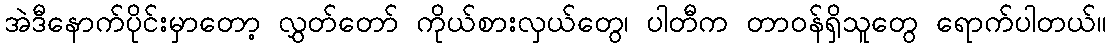
အဲဒီနောက်ပိုင်းမှာတော့ လွှတ်တော် ကိုယ်စားလှယ်တွေ၊ ပါတီက တာဝန်ရှိသူတွေ ရောက်ပါတယ်။